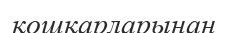
қошқарларынан